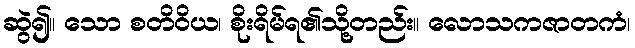
ဆွဲ၍။ သော စတိဝိယ၊ စိုးရိမ်ရ၏သို့တည်း။ လောသကဇာတကံ၊